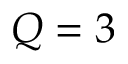
Q = 3